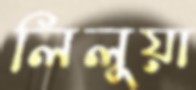
লিলুয়া